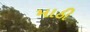
માઠી